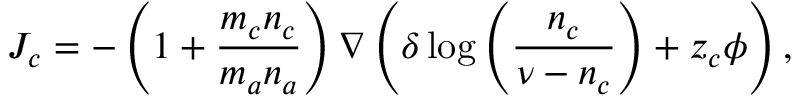
J _ { c } = - \left( 1 + \frac { m _ { c } n _ { c } } { m _ { a } n _ { a } } \right) \nabla \left( \delta \log { \left( \frac { n _ { c } } { \nu - n _ { c } } \right) } + z _ { c } \phi \right) ,